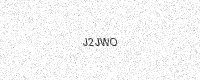
Text: J2JWO